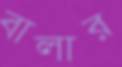
বালার